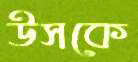
উসকে